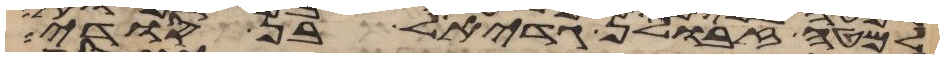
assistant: למטה זבולן גדיאל בן סודי